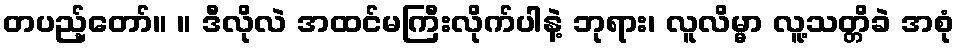
တပည့်တော်။ ။ ဒီလိုလဲ အထင်မကြီးလိုက်ပါနဲ့ ဘုရား၊ လူလိမ္မာ လူ့သတ္တိခဲ အစုံ